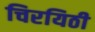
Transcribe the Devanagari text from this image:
चिरयिठी